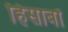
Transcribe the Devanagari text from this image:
हिसाबों